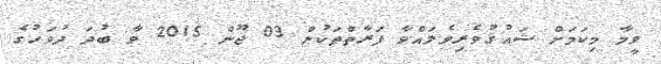
ވީމާ މިކަމަށް ޝައުޤުވެރިވެލައްވާ ފަރާތްތަކުން 03 ޖޫން 2015 ވާ ބުދަ ދުވަހުގެ